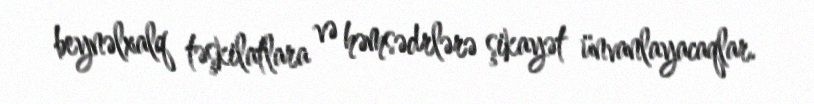
beynəlxalq təşkilatlara və həmsədrlərə şikayət ünvanlayacaqlar.